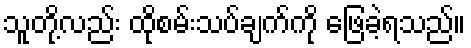
သူတို့လည်း ထိုစမ်းသပ်ချက်ကို ဖြေခဲ့ရသည်။